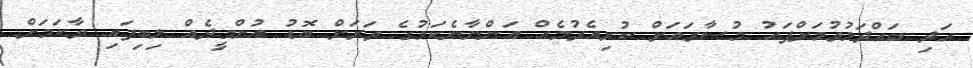
އަދި ބައްދަލުވުމަށްފަހު މުސާރައަށް ކުރިއެރުމެއް އަންނާނެކަމުގެ ވަރަށް ބޮޑު އުންމީދެއް ލިބިފައި ވާކަމަށް